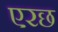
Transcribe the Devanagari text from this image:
एरछ